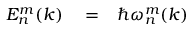
\begin{array} { r l r } { E _ { n } ^ { m } ( k ) } & { { } = } & { \hbar \omega _ { n } ^ { m } ( k ) } \end{array}